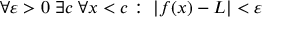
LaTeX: \forall \varepsilon > 0 \; \exists c \; \forall x < c : \; | f ( x ) - L | < \varepsilon